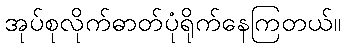
အုပ်စုလိုက်ဓာတ်ပုံရိုက်နေကြတယ်။